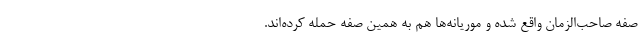
صفه صاحب‌الزمان واقع شده و موریانه‌ها هم به همین صفه حمله کرده‌اند.